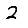
Digit: 2